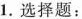
1.选择题：